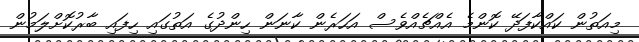
މިއަތުން ކައްކާފަދޭ ކޮންމެ އެއްޗެއްވެސް އަހަރެން ކާނަން ހިންދުގެ އަތުގައި ހިފައި ބާރުކޮށްލަމުން